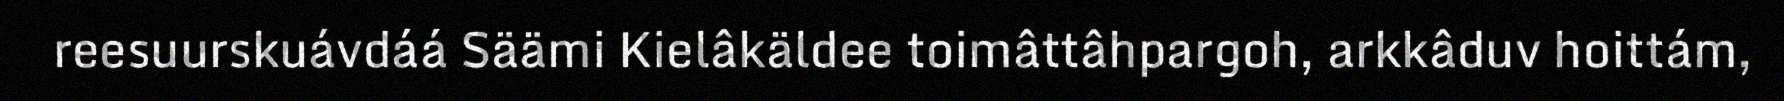
reesuurskuávdáá Säämi Kielâkäldee toimâttâhpargoh, arkkâduv hoittám,